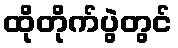
ထိုတိုက်ပွဲတွင်